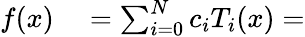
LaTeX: \begin{array}{rl}{f(x)}&{{}=\sum_{i=0}^{N}c_{i}T_{i}(x)=}\end{array}